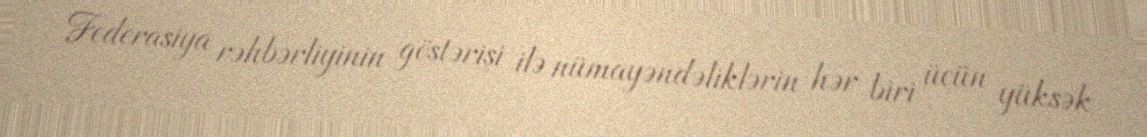
Federasiya rəhbərliyinin göstərişi ilə nümayəndəliklərin hər biri üçün yüksək